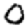
Digit: 0